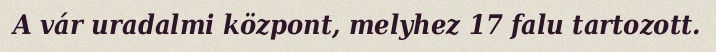
A vár uradalmi központ, melyhez 17 falu tartozott.